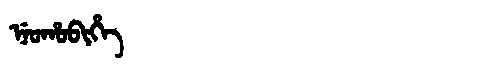
Manchu: ᠨᡝᠣᡥᠣᠪᡳᡥᡝ
Romanization: NEOHOBIHE